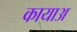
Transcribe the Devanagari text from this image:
कायाअ